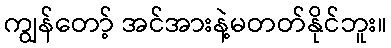
ကျွန်တော့် အင်အားနဲ့မတတ်နိုင်ဘူး။